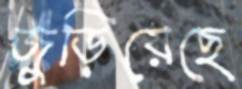
জুড়িয়েছে